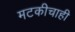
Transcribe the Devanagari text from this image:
मटकीचाही